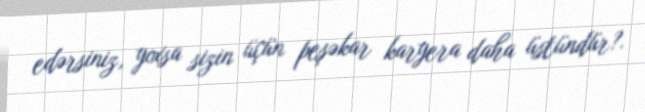
edərsiniz, yoxsa sizin üçün peşəkar karyera daha üstündür?.